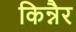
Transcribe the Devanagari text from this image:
किन्नैर